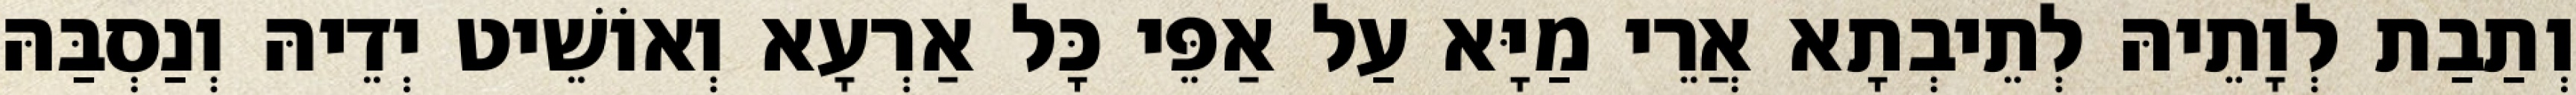
וְתַבַת לְוָתֵיהּ לְתֵיבְתָא אֲרֵי מַיָּא עַל אַפֵּי כָּל אַרְעָא וְאוֹשֵׁיט יְדֵיהּ וְנַסְבַּהּ